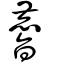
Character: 𪊨